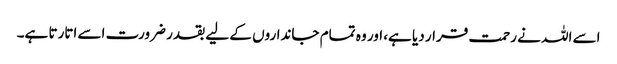
اسے اللہ نے رحمت قرار دیا ہے، اور وہ تمام جانداروں کے لیے بقدر ضرورت اسے اتارتا ہے۔